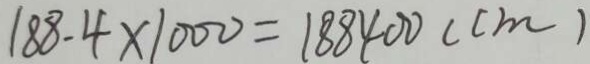
1 8 8 - 4 \times 1 0 0 0 = 1 8 8 4 0 0 ( c m )